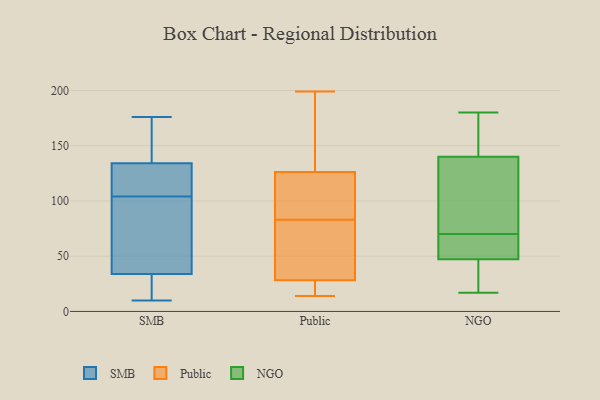
{"axis": {"x": "Inventory Turnover", "y": "Value"}, "legend": ["NGO", "Public", "SMB"], "data": [{"x": "", "y": 173, "type": "SMB"}, {"x": "", "y": 72, "type": "SMB"}, {"x": "", "y": 10, "type": "SMB"}, {"x": "", "y": 98, "type": "SMB"}, {"x": "", "y": 35, "type": "SMB"}, {"x": "", "y": 176, "type": "SMB"}, {"x": "", "y": 138, "type": "SMB"}, {"x": "", "y": 15, "type": "SMB"}, {"x": "", "y": 31, "type": "SMB"}, {"x": "", "y": 172, "type": "SMB"}, {"x": "", "y": 53, "type": "SMB"}, {"x": "", "y": 107, "type": "SMB"}, {"x": "", "y": 20, "type": "SMB"}, {"x": "", "y": 104, "type": "SMB"}, {"x": "", "y": 133, "type": "SMB"}, {"x": "", "y": 119, "type": "SMB"}, {"x": "", "y": 125, "type": "SMB"}, {"x": "", "y": 199, "type": "Public"}, {"x": "", "y": 118, "type": "Public"}, {"x": "", "y": 27, "type": "Public"}, {"x": "", "y": 146, "type": "Public"}, {"x": "", "y": 55, "type": "Public"}, {"x": "", "y": 156, "type": "Public"}, {"x": "", "y": 14, "type": "Public"}, {"x": "", "y": 177, "type": "Public"}, {"x": "", "y": 19, "type": "Public"}, {"x": "", "y": 104, "type": "Public"}, {"x": "", "y": 78, "type": "Public"}, {"x": "", "y": 71, "type": "Public"}, {"x": "", "y": 24, "type": "Public"}, {"x": "", "y": 83, "type": "Public"}, {"x": "", "y": 107, "type": "Public"}, {"x": "", "y": 22, "type": "Public"}, {"x": "", "y": 32, "type": "Public"}, {"x": "", "y": 117, "type": "Public"}, {"x": "", "y": 129, "type": "Public"}, {"x": "", "y": 39, "type": "NGO"}, {"x": "", "y": 18, "type": "NGO"}, {"x": "", "y": 65, "type": "NGO"}, {"x": "", "y": 70, "type": "NGO"}, {"x": "", "y": 131, "type": "NGO"}, {"x": "", "y": 158, "type": "NGO"}, {"x": "", "y": 180, "type": "NGO"}, {"x": "", "y": 42, "type": "NGO"}, {"x": "", "y": 172, "type": "NGO"}, {"x": "", "y": 67, "type": "NGO"}, {"x": "", "y": 88, "type": "NGO"}, {"x": "", "y": 17, "type": "NGO"}, {"x": "", "y": 147, "type": "NGO"}, {"x": "", "y": 63, "type": "NGO"}, {"x": "", "y": 23, "type": "NGO"}, {"x": "", "y": 85, "type": "NGO"}, {"x": "", "y": 69, "type": "NGO"}, {"x": "", "y": 143, "type": "NGO"}, {"x": "", "y": 86, "type": "NGO"}]}